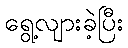
ရွေ့လျားခဲ့ပြီး